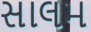
સાલમ